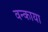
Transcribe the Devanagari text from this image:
वन्काया